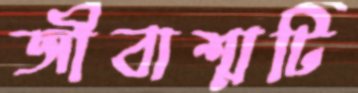
জীবাশ্মটি